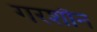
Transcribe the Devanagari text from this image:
गरशौन